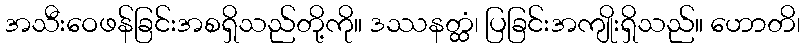
အသီးဝေဖန်ခြင်းအစရှိသည်တို့ကို။ ဒဿနတ္ထံ၊ ပြခြင်းအကျိုးရှိသည်။ ဟောတိ၊